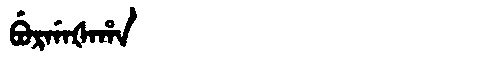
Manchu: ᠪᡠᡵᡤᠠᡧᠠᡥᠠ
Romanization: BURGAŠAHA